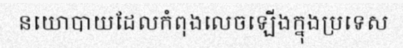
នយោបាយដែលកំពុងលេចឡើងក្នុងប្រទេស